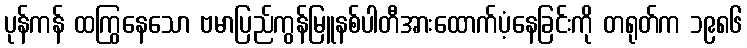
ပုန်ကန် ထကြွနေသော ဗမာပြည်ကွန်မြူနစ်ပါတီအားထောက်ပံ့နေခြင်းကို တရုတ်က ၁၉၈၆